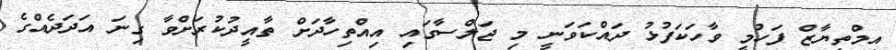
އިމްތިޔާޒް ފަހުމީ ވާހަކަފުޅު ދައްކަވަނީ މި ޖަލްސާގައި އިއްތިހާދަށް ތާއީދުކުރަށްވާ ގިނަ އަދަދެއްގެ